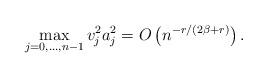
LaTeX: \begin{align*}\max_{j=0,\dots,n-1}v_j^2 a_j^2=O\left(n^{-r/(2\beta+r)}\right).\end{align*}